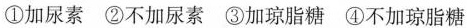
①加尿素 ②不加尿素 ③加琼脂糖 ④不加琼脂糖